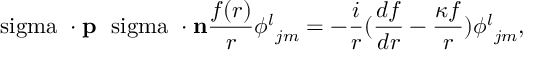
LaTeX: { { \mathrm { \boldmath ~ \ s i g m a ~ } } \cdot { \bf p } } { { \mathrm { \boldmath ~ \ s i g m a ~ } } \cdot { \bf n } } { \frac { f ( r ) } { r } } { \phi ^ { l } } _ { j m } = - { \frac { i } { r } } ( { \frac { d f } { d r } } - { \frac { \kappa f } { r } } ) { \phi ^ { l } } _ { j m } ,